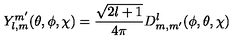
Y _ { l , m } ^ { m ^ { \prime } } ( \theta , \phi , \chi ) = \frac { \sqrt { 2 l + 1 } } { 4 \pi } D _ { m , m ^ { \prime } } ^ { l } ( \phi , \theta , \chi )